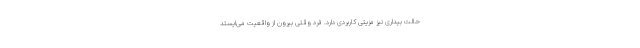
حالت بیداری نیز مزیتی کاربردی دارد. فرد وقتی بیرون از واقعیت می‌ایستد